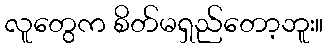
လူတွေက စိတ်မရှည်တော့ဘူး။